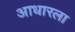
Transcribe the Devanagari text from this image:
आधारला